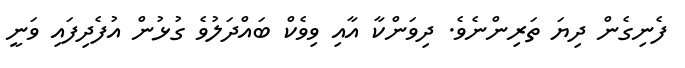
ފެނިގެން ދިޔަ ތަރިންނެވެ. ދިވަންކާ އާއި ވިވެކް ބައްދަލުވެ ގުޅުން އުފެދިފައި ވަނީ